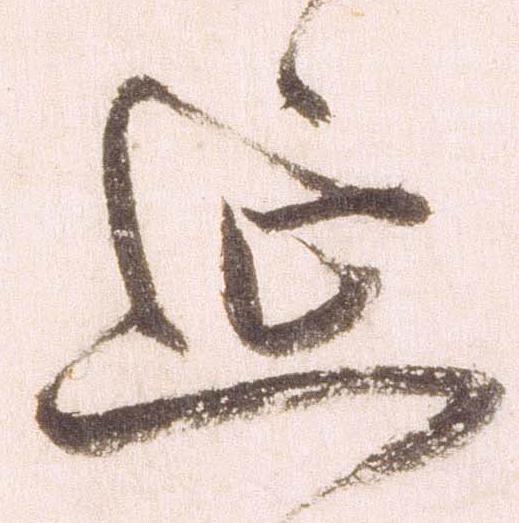
延